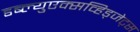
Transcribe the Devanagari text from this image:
डब्ल्युएक्सव्हिड्जेट्स